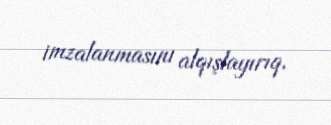
imzalanmasını alqışlayırıq.